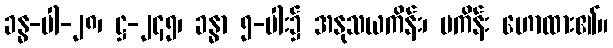
ခန္ဓ-ပါ-၂၈၊ ဋ္ဌ-၂၄၅၊ ခန္ဓာ ၅-ပါး၌ အနုသယကိန်း၊ မကိန်း ဟောထား၏။